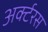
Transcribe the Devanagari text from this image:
अर्क्टरस